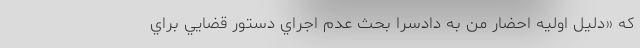
كه «دليل اوليه احضار من به دادسرا بحث عدم اجراي دستور قضايي براي